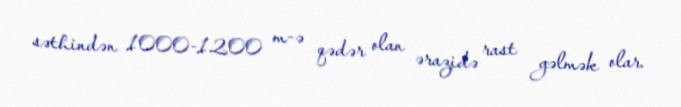
səthindən 1000-1200 m-ə qədər olan ərazidə rast gəlmək olar.